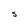
Character: S